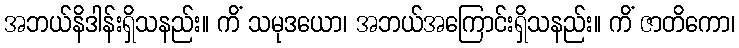
အဘယ်နိဒါန်းရှိသနည်း။ ကိံ သမုဒယော၊ အဘယ်အကြောင်းရှိသနည်း။ ကိံ ဇာတိကော၊